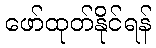
ဖော်ထုတ်နိုင်ရန်